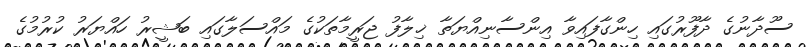
ސޫދާނުގެ ދާފޫރުގައި ހިންގާފައިވާ އިންސާނިއްޔަތާ ޚިލާފު ޖަރީމާތަކުގެ މައްސަލާގައި ބަޝީރު ހައްޔަރު ކުރުމުގެ